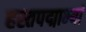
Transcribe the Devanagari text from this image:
हस्तपद्माभ्यां